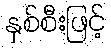
နှစ်စီးဖြင့်